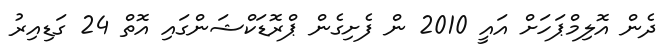
ދެން އޮލިމްޕަހަށް އައީ 2010 ން ފެށިގެން ޕްރޮޑަކްޝަންގައި އޮތް 24 ގަޑިއިރު